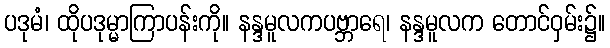
ပဒုမံ၊ ထိုပဒုမ္မာကြာပန်းကို။ နန္ဒမူလကပဗ္ဘာရေ၊ နန္ဒမူလက တောင်ဝှမ်း၌။